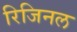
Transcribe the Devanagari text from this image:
रिजिनल